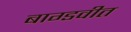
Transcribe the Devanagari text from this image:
बाग्डवीत